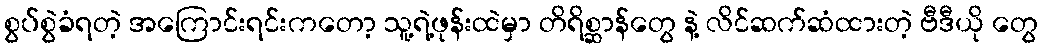
စွပ်စွဲခံရတဲ့ အကြောင်းရင်းကတော့ သူ့ရဲ့ဖုန်းထဲမှာ တိရိစ္ဆာန်တွေ နဲ့ လိင်ဆက်ဆံထားတဲ့ ဗီဒီယို တွေ